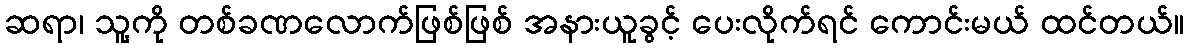
ဆရာ၊ သူ့ကို တစ်ခဏလောက်ဖြစ်ဖြစ် အနားယူခွင့် ပေးလိုက်ရင် ကောင်းမယ် ထင်တယ်။